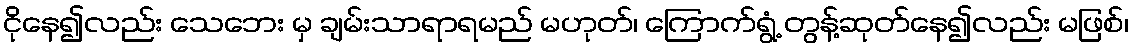
ငိုနေ၍လည်း သေဘေး မှ ချမ်းသာရာရမည် မဟုတ်၊ ကြောက်ရွံ့ တွန့်ဆုတ်နေ၍လည်း မဖြစ်၊